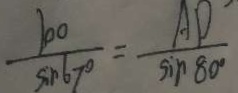
\frac { 1 0 0 } { \sin 6 7 ^ { \circ } } = \frac { A D } { \sin 8 0 ^ { \circ } }